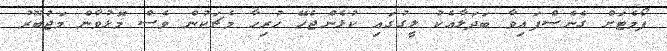
ފޯމެޓަށް ގެނެސްފައިވާ ބަދަލާއެކު ލީގުގައި ކުޅެންޖެހޭ ހުރިހާ މެޗަކުން ވެސް މޮޅުވާން މަޖުބޫރު